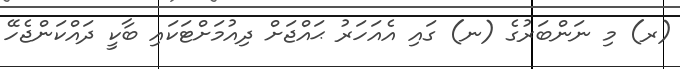
(ރ) މި ނަންބަރުގެ (ނ) ގައި އެއަހަރު ޙައްޖަށް ދިއުމަށްޓަކައި ބާކީ ދައްކަންޖެހޭ